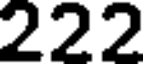
222